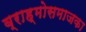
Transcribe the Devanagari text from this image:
ब्राह्मोसमाजका